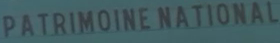
PATRIMOINE NATIONAL